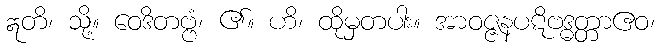
ဣတိ၊ သို့။ ဝေဒိတဗ္ဗံ၊ ၏။ ဟိ၊ ထိုမှတပါး။ အာဝဇ္ဇနပဋိဗဒ္ဓတ္တာဧဝ၊